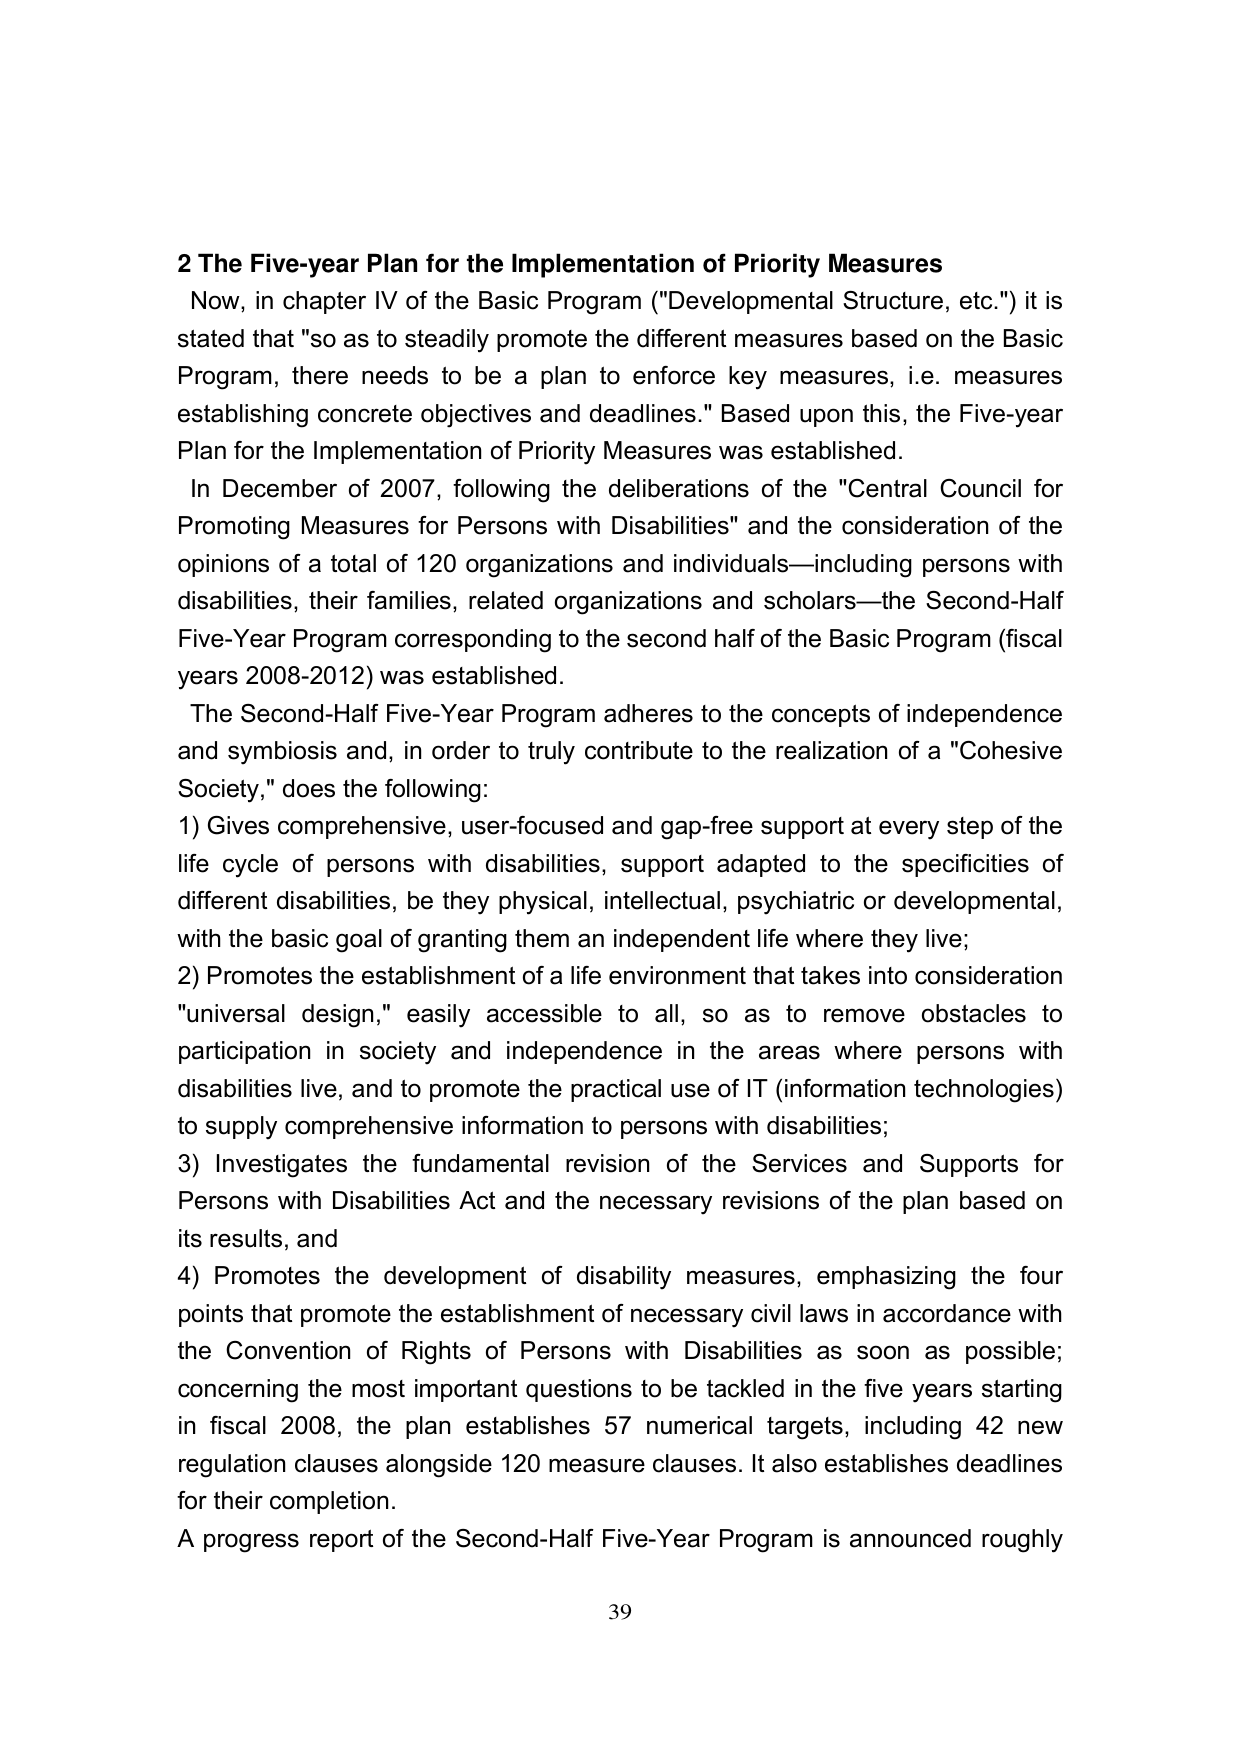
2 The Five-year Plan for the Implementation of Priority Measures
Now, in chapter IV of the Basic Program ("Developmental Structure, etc.") it is stated that "so as to steadily promote the different measures based on the Basic Program, there needs to be a plan to enforce key measures, i.e. measures establishing concrete objectives and deadlines." Based upon this, the Five-year Plan for the Implementation of Priority Measures was established.
In December of 2007, following the deliberations of the "Central Council for Promoting Measures for Persons with Disabilities" and the consideration of the opinions of a total of 120 organizations and individuals—including persons with disabilities, their families, related organizations and scholars—the Second-Half Five-Year Program corresponding to the second half of the Basic Program (fiscal years 2008-2012) was established.
The Second-Half Five-Year Program adheres to the concepts of independence and symbiosis and, in order to truly contribute to the realization of a "Cohesive Society," does the following:
1) Gives comprehensive, user-focused and gap-free support at every step of the life cycle of persons with disabilities, support adapted to the specificities of different disabilities, be they physical, intellectual, psychiatric or developmental, with the basic goal of granting them an independent life where they live;
2) Promotes the establishment of a life environment that takes into consideration "universal design," easily accessible to all, so as to remove obstacles to participation in society and independence in the areas where persons with disabilities live, and to promote the practical use of IT (information technologies) to supply comprehensive information to persons with disabilities;
3) Investigates the fundamental revision of the Services and Supports for Persons with Disabilities Act and the necessary revisions of the plan based on its results, and
4) Promotes the development of disability measures, emphasizing the four points that promote the establishment of necessary civil laws in accordance with the Convention of Rights of Persons with Disabilities as soon as possible; concerning the most important questions to be tackled in the five years starting in fiscal 2008, the plan establishes 57 numerical targets, including 42 new regulation clauses alongside 120 measure clauses. It also establishes deadlines for their completion.
A progress report of the Second-Half Five-Year Program is announced roughly
39